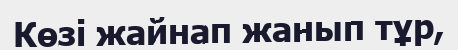
Көзі жайнап жанып тұр,